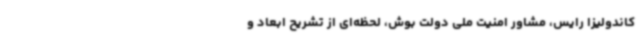
کاندولیزا رایس، مشاور امنیت ملی دولت بوش، لحظه‌ای از تشریح ابعاد و